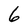
Character: 6